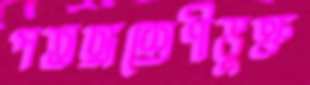
পতঙ্গশ্রেণীভুক্ত